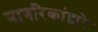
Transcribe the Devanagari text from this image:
नागरिकांद्वारे